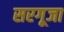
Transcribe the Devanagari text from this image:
सरगूजा